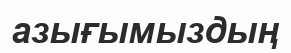
азығымыздың